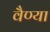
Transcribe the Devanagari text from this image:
वैण्या